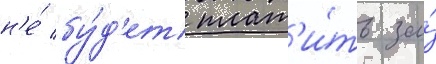
н'е́ бу́д'ет плат'и́ть за́